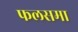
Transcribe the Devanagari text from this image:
फलसमा